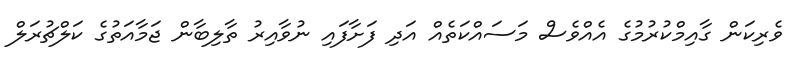
ވެރިކަން ގާއިމްކުރުމުގެ އެއްވެސް މަސައްކަތެއް އަދި ފަށާފައި ނުވާއިރު ތާލިބާން ޖަމާއަތުގެ ކަލްޗުރަލް